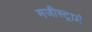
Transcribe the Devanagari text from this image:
मजीस्ट्राले